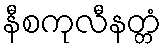
နီစကုလီနတ္တံ